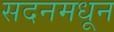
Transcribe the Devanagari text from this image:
सदनमधून